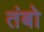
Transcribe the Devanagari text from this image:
तंबो